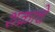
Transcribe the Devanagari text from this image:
शक्राचे